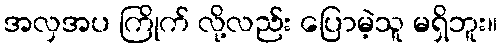
အလှအပ ကြိုက် လို့လည်း ပြောမဲ့သူ မရှိဘူး။